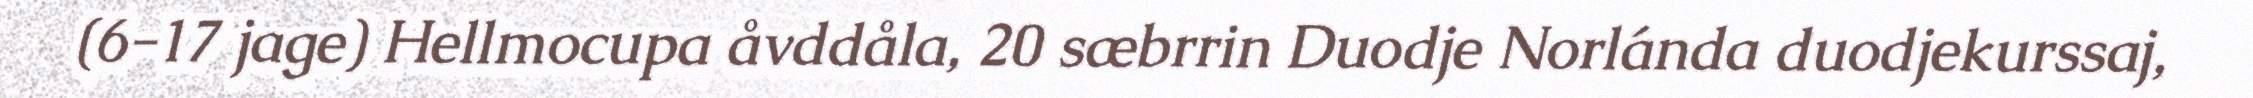
(6-17 jage) Hellmocupa åvddåla, 20 sæbrrin Duodje Norlánda duodjekurssaj,